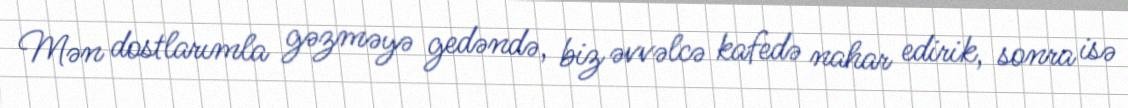
Mən dostlarımla gəzməyə gedəndə, biz əvvəlcə kafedə nahar edirik, sonra isə